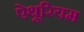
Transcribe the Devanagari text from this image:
ऐथूरियम